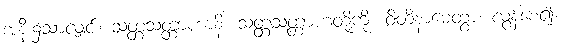
အနီး၌သာလျှင်။ သတ္တသတ္တာဟာနိ၊ သတ္တသတ္တာဟတို့ကို။ ဝိတိနာမေတွာ၊ လွန်စေ၍။